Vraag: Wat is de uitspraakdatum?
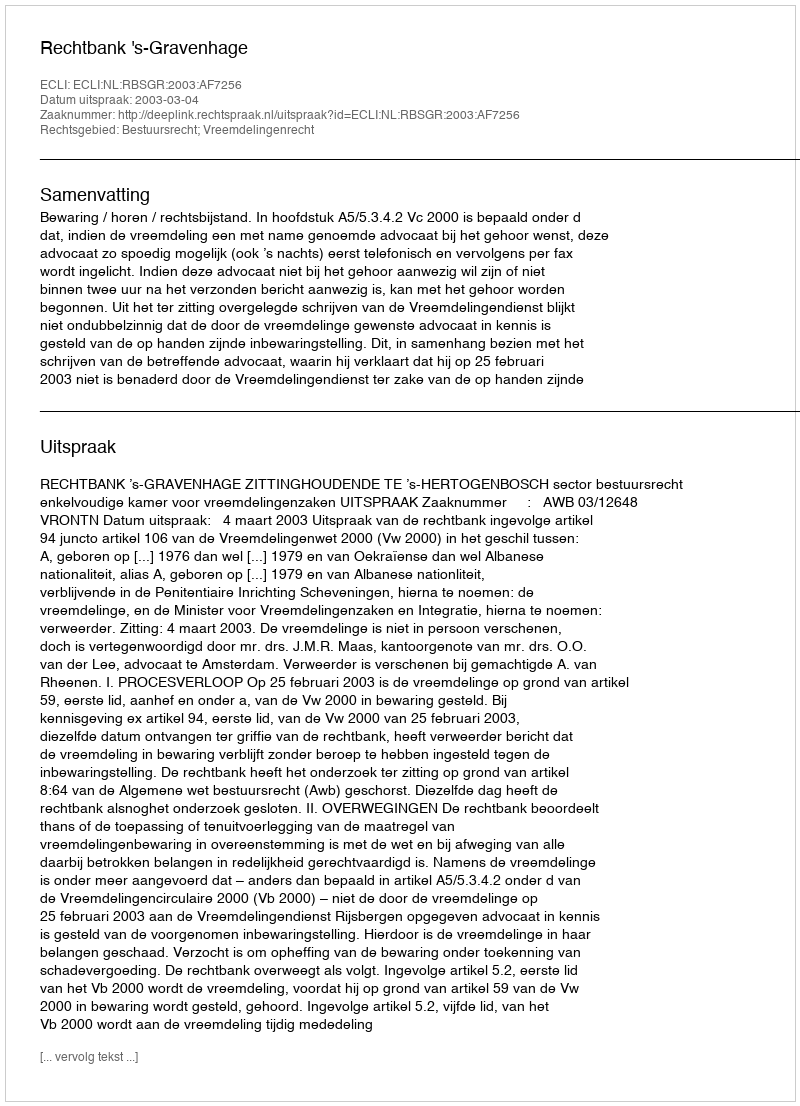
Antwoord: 2003-03-04